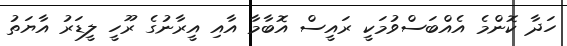
ހަދާ ކޮންމެ އެއްބަސްވުމަކީ ރައީސް އޮބާމާ އާއި އީރާނުގެ ރޫހީ ލީޑަރު އާޔަތު